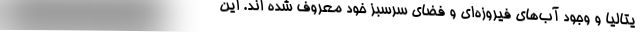
یتالیا و وجود آب‌های فیروزه‌ای و فضای سرسبز خود معروف شده اند. این